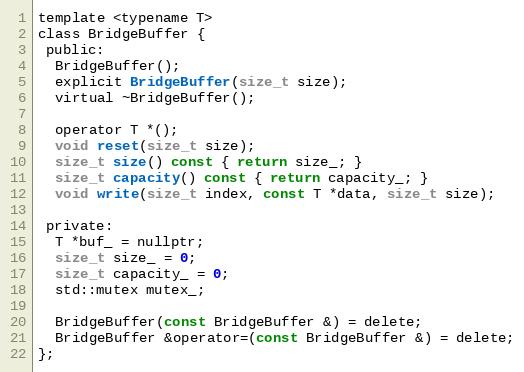
Language: C
template <typename T>
class BridgeBuffer {
 public:
  BridgeBuffer();
  explicit BridgeBuffer(size_t size);
  virtual ~BridgeBuffer();

  operator T *();
  void reset(size_t size);
  size_t size() const { return size_; }
  size_t capacity() const { return capacity_; }
  void write(size_t index, const T *data, size_t size);

 private:
  T *buf_ = nullptr;
  size_t size_ = 0;
  size_t capacity_ = 0;
  std::mutex mutex_;

  BridgeBuffer(const BridgeBuffer &) = delete;
  BridgeBuffer &operator=(const BridgeBuffer &) = delete;
};